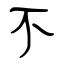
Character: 不